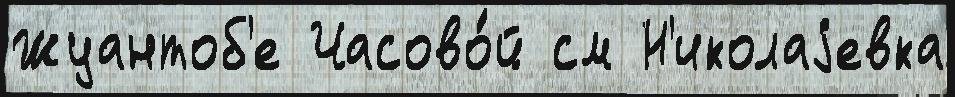
Жуантоб'е Часово́й см Н'иколаjевка